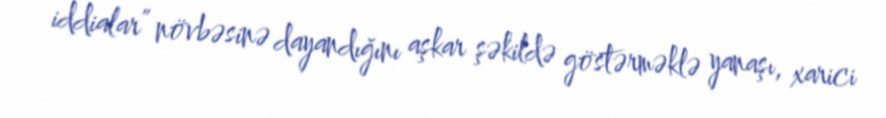
iddialar” növbəsinə dayandığını aşkar şəkildə göstərməklə yanaşı, xarici